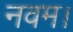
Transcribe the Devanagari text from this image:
नवम।